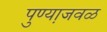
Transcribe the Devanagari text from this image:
पुण्या़जवळ